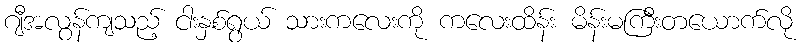
ဂျီအလွန်ကျသည့် ငါးနှစ်ရွယ် သားကလေးကို ကလေးထိန်း မိန်းမကြီးတယောက်လို